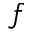
f